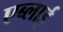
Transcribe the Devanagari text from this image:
एब्लाई